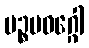
ပဉ္စမဝဂ္ဂေါ